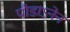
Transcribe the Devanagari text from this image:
पीडाऽनेन